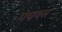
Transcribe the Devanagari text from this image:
पचवस